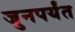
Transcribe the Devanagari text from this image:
जुनपर्यंत